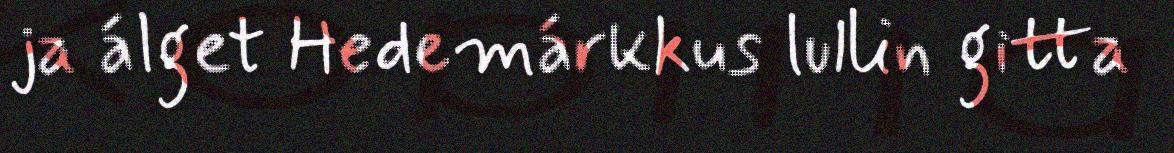
ja álget Hedemárkkus lullin gitta